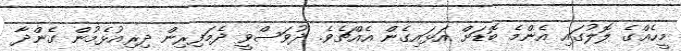
މީހެއްގެ ލޮލުގައި އެންމެ ބޮޑަށް އަޅައިގެން އެއްޗެވެ. ދުވަސްވީ ދެމަފިރިން ދިރިއުޅެމުން ގެންދާ